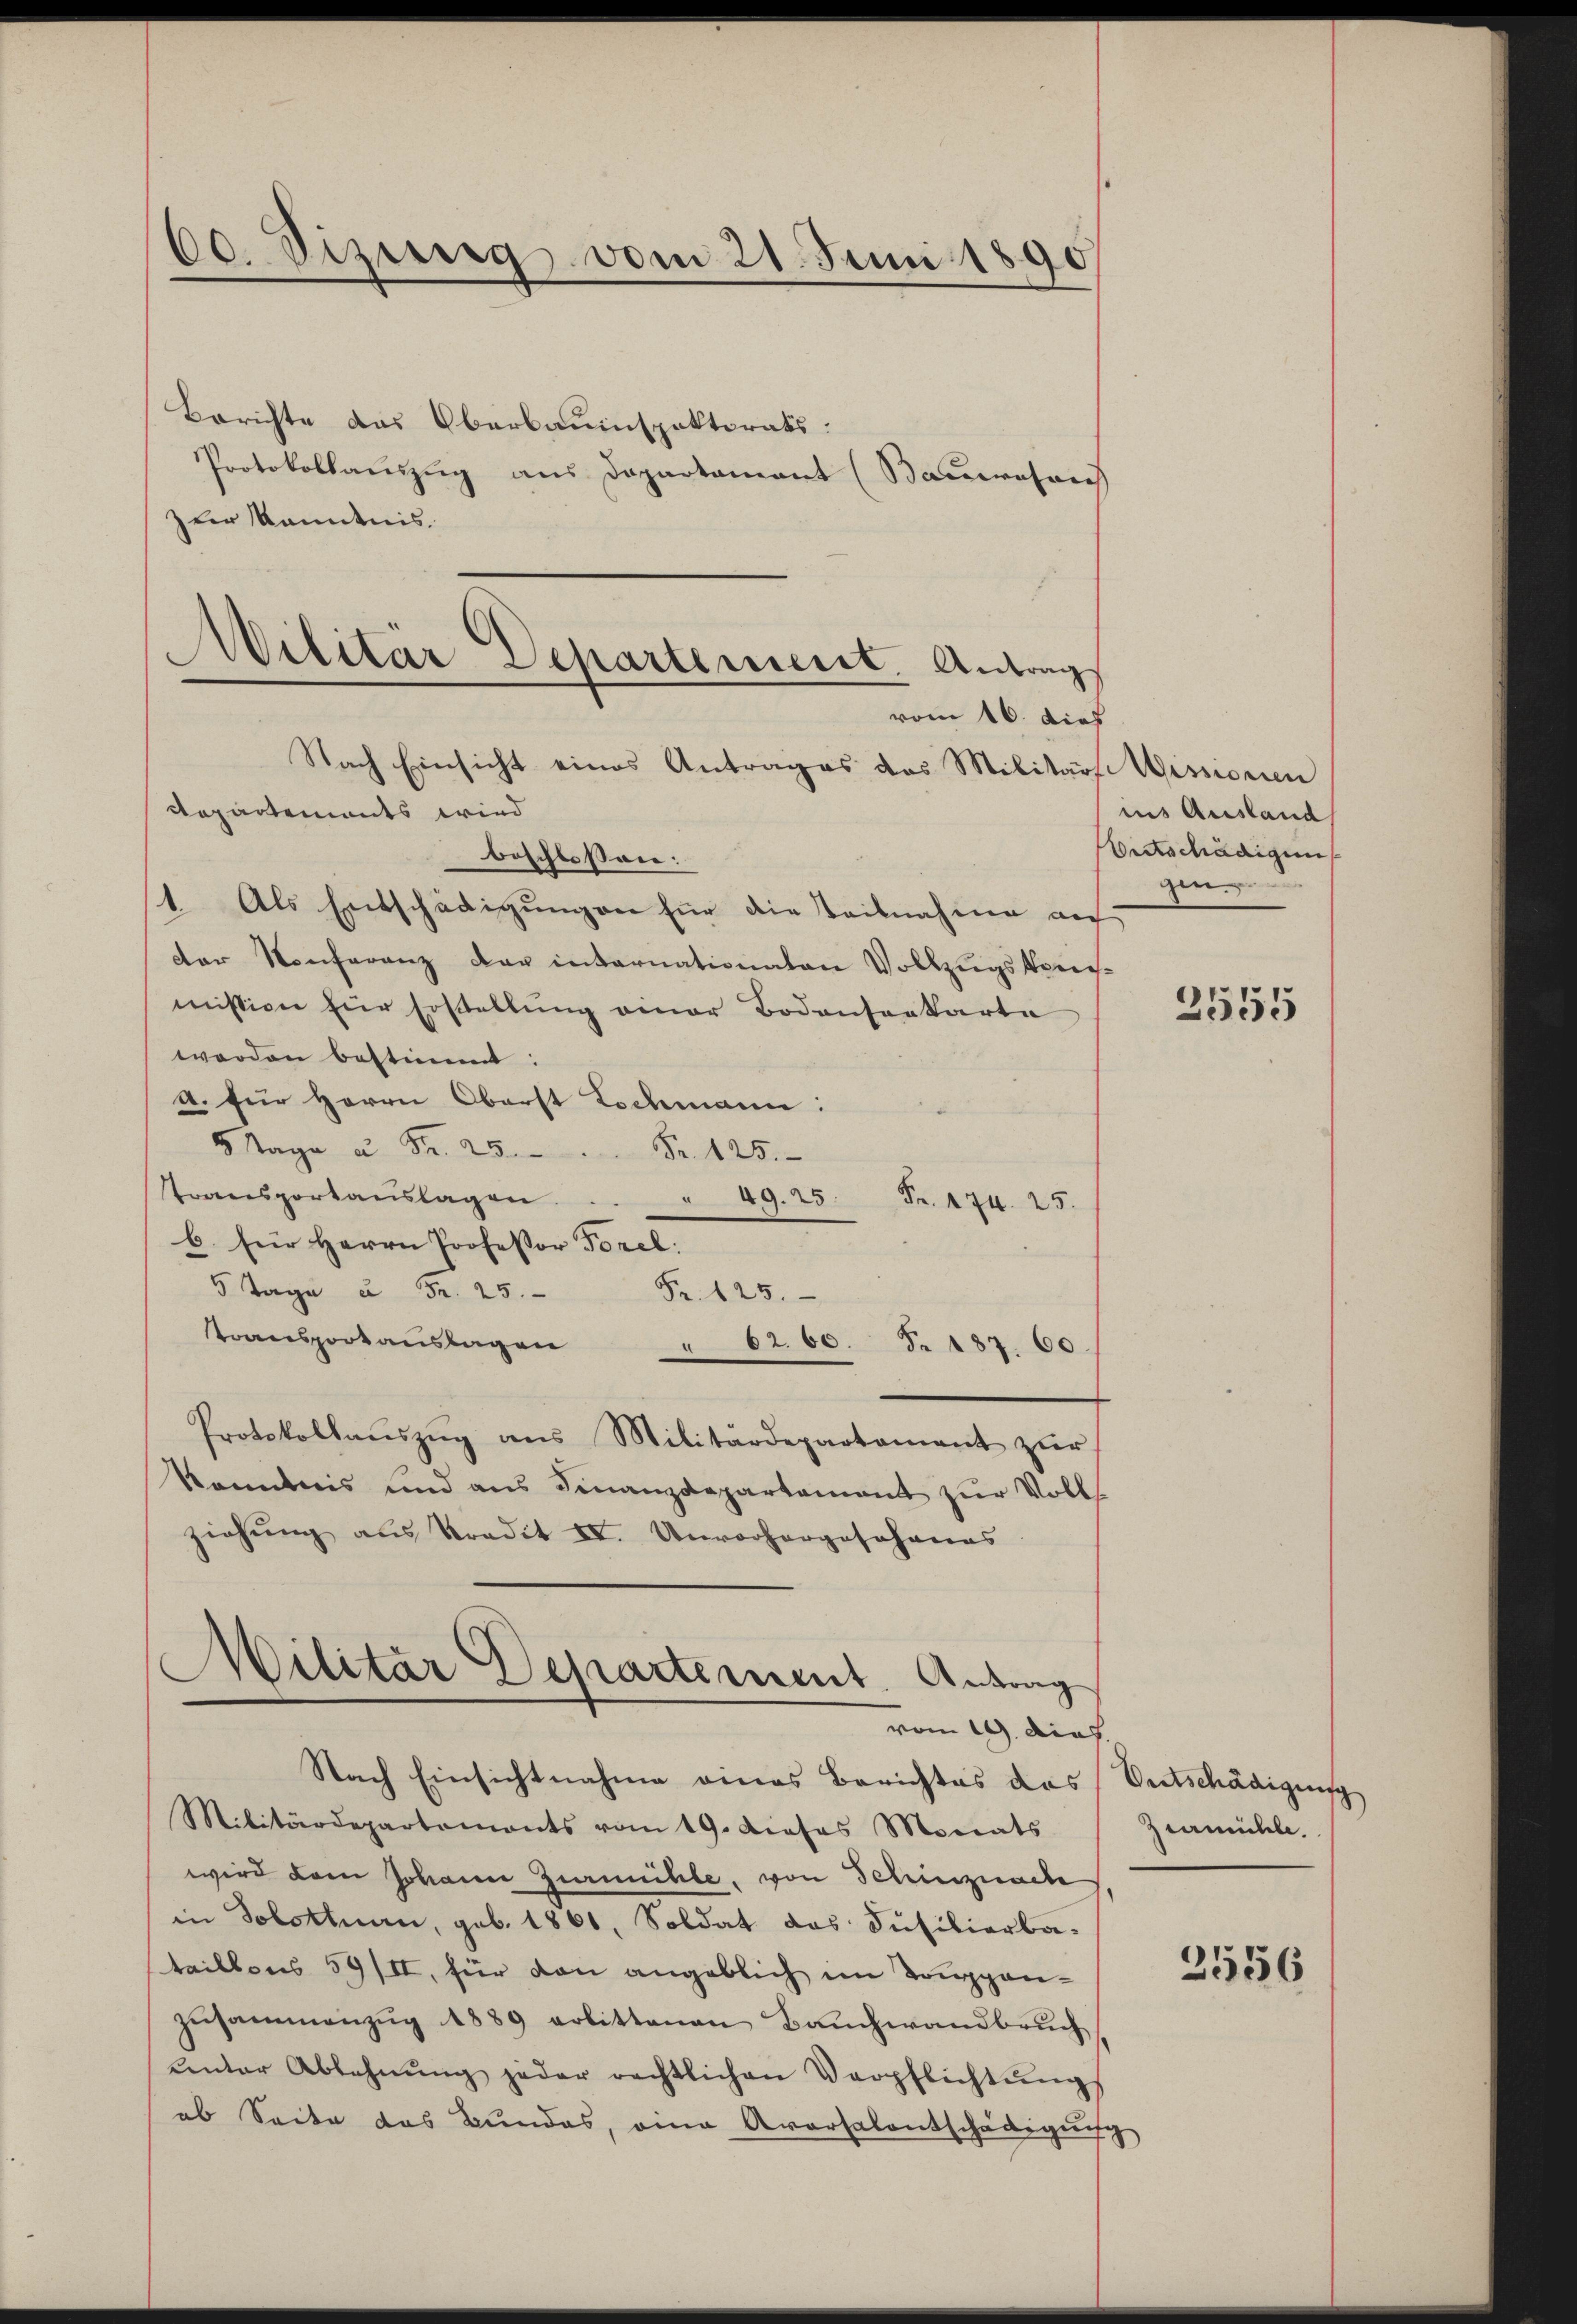
60. Dizierig vom 21. Juni 1890

Berichte das Oberbauinspektorats:
Protokollauszug aus Departament (Baumesarch
zler Kenntnis.
Nach Einsicht eines Antrages das Militärs Wissonen
Repartements wird
beschlossen:
1. Als Entschädigungen für die Teilnahme au
der Konferenz der internationaten Vollzugskommission für Erstellŭng einer Bodenserkarte
werden bestimmt:
a. für Herrn Oberst Lochmann:
aga u Fr. 25.
Fr. 125.
Transportaŭslagen . . . 49. 25 Fr. 174. 25.
b. für Herrn Professor Forel:
5 Tage u. Fr. 25.
Fr. 125.
ransportanslagen " 62. 60. S. 137. 60.
Protokollaŭszŭg ans Militärdepartament zŭr
konntnis und aus Finanzdepartement zur Volks
ziehŭng aus Tradit IV. Unvorhergesohanas
1
Militär Departement. Antrag
vom 19. dies.
Nach Einsichtnahme eines Berichtes das Entschädigung
Militärdepartements vom 19. dieses Monats
wird dem Johann Zurmühle, von Schinznache,
in Solottnau, geb. 1861, Soldat das Füsilierbataillons 59/II, für den angeblich im Truppen-
zŭsammenzŭg 1889 erlittenen Bauchwandbruch
unter Ablehnŭng jeder rechtlichen Verpflichtŭngs
ab Seite das Bundes, eine Aversalentschädigŭng

Militar Departement. Antrag
vom 16. dies

ins Ausland,
Bertschädigung
gen

2555

zermühle.

2556